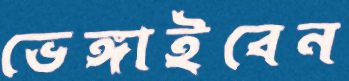
ভেঙ্গাইবেন